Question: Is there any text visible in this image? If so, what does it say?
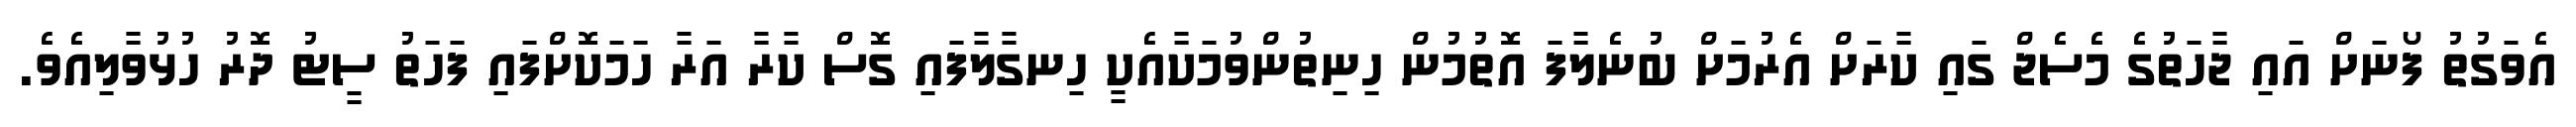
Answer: އެވަގުތު ފޯނަށް އައި ޖާހަތުގެ މެސެޖް ގައި ކާރަށް އެރުމަށް ބުނެލާފަ އޮތުމުން ހިނިތުންވުމަކާއެކީ ހިނގާލާފައި ގޮސް ކާރާ އަރާ ހަމަކޮށްފައި ފަހަތު ސީޓު ދޮރު ހުޅުވާލިއެވެ.